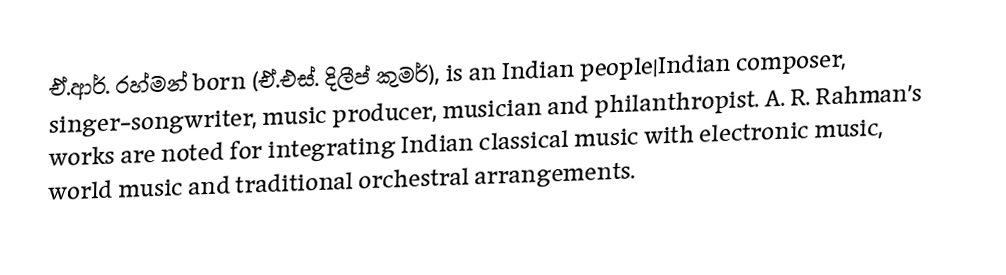
ඒ.ආර්. රහ්මන් born (ඒ.එස්. දිලීප් කුමර්), is an Indian people|Indian composer, singer-songwriter, music producer, musician and philanthropist. A. R. Rahman's works are noted for integrating Indian classical music with electronic music, world music and traditional orchestral arrangements.